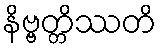
နိဗ္ဗတ္တိဿတိ